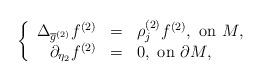
LaTeX: \begin{align*}\left\{\begin{array}{rcl}\Delta_{{\overline{g}}^{(2)}} f^{(2)} & = & \rho_{j}^{(2)} f^{(2)},\mbox{ on $ M$,} \\\partial_{\eta_2} f^{(2)} & = & 0, \mbox{ on $\partial M$},\end{array}\right.\end{align*}